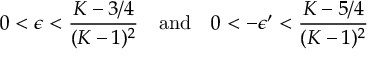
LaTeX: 0 < \epsilon < \frac { K - 3 / 4 } { ( K - 1 ) ^ { 2 } } \quad \mathrm { a n d } \quad 0 < - \epsilon ^ { \prime } < \frac { K - 5 / 4 } { ( K - 1 ) ^ { 2 } }